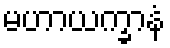
မဟာယက္ခာနံ